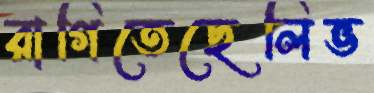
রাগিতেছেলিভ